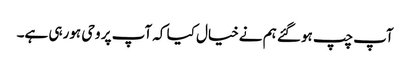
آپ چپ ہوگئے ہم نےخیال کیا کہ آپ پر وحی ہورہی ہے۔